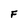
Character: F